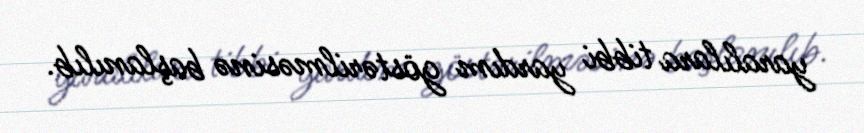
yaralılara tibbi yardım göstərilməsinə başlanılıb.